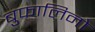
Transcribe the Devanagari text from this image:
बुफालिनो